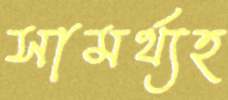
সামর্থ্যহ